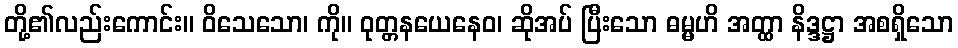
တို့၏လည်းကောင်း။ ဝိသေသော၊ ကို။ ဝုတ္တနယေနေဝ၊ ဆိုအပ် ပြီးသော ဓမ္မဟိ အတ္ထာ နိဒ္ဒဋ္ဌာ အစရှိသော